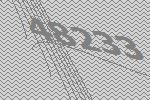
48233